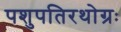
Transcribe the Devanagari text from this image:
पशुपतिरथोग्रः